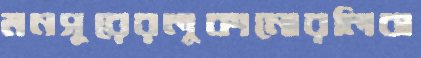
মনসুরেরলুকানোরলিবা